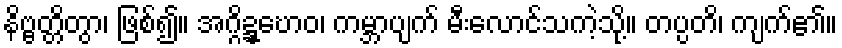
နိဗ္ဗတ္တိတွာ၊ ဖြစ်၍။ အဂ္ဂိဍ္ဍ္ဎောဝ၊ ကမ္ဘာပျက် မီးလောင်သကဲ့သို့။ တပ္ပတိ၊ ကျက်၏။